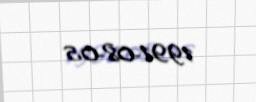
1991-08-05